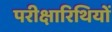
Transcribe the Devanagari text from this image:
परीक्षारिथियों